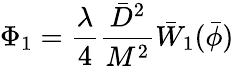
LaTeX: \Phi_{1}=\frac{\lambda}{4}\frac{\bar{D}^{2}}{M^{2}}\bar{W}_{1}(\bar{\phi})